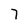
Character: 7